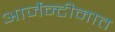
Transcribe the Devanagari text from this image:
आर्जेन्टीनात